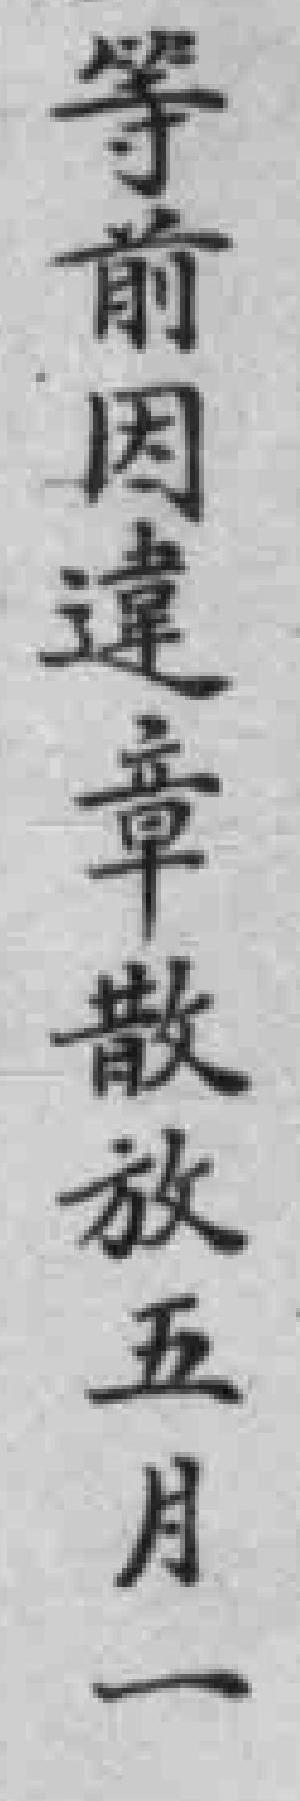
等前因違章散放五月一